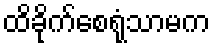
ထိခိုက်စေရုံသာမက